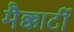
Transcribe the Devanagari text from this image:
मैक्कार्टी